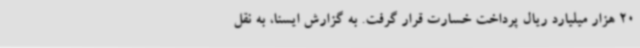
20 هزار میلیارد ریال پرداخت خسارت قرار گرفت. به گزارش ایسنا، به نقل